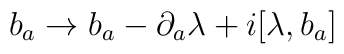
b_{a} \rightarrow b_{a} - \partial_{a}\lambda  +i[\lambda,b_{a}]